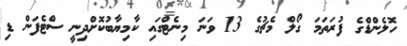
ހޮލެންޑްގެ ފުރަތަމަ ގޯލް މެޗުގެ 13 ވަނަ މިނެޓްގައި ކާމިޔާބުކޮށްދިނީ ސްޓެފަން ޑި